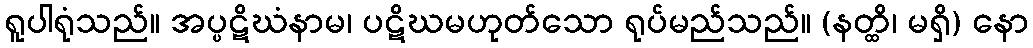
ရူပါရုံသည်။ အပ္ပဋိဃံနာမ၊ ပဋိဃမဟုတ်သော ရုပ်မည်သည်။ (နတ္ထိ၊ မရှိ) နော